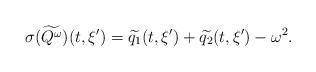
LaTeX: \begin{align*}\sigma(\widetilde{Q^\omega})(t,\xi') &= \widetilde{q_1}(t,\xi') + \widetilde{q_2}(t,\xi')-\omega^2.\end{align*}